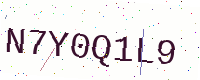
Text: N7Y0Q1L9